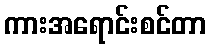
ကားအရောင်းစင်တာ